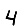
Digit: 4